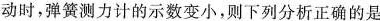
动时，弹簧测力计的示数变小，则下列分析正确的是